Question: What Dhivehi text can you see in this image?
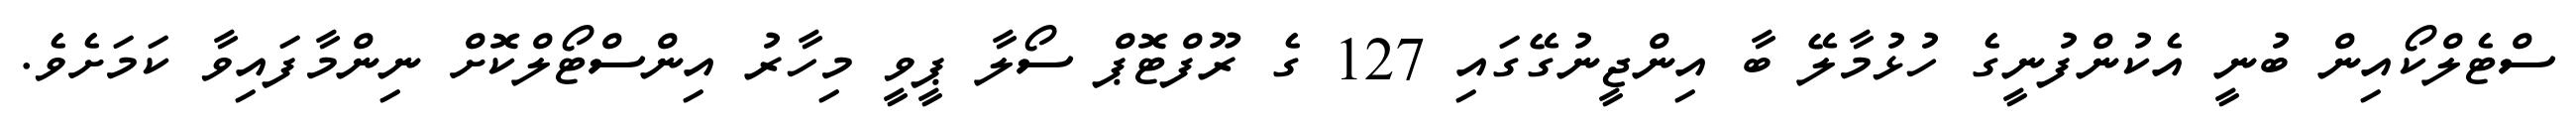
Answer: ސްޓެލްކޯއިން ބުނީ އެކުންފުނީގެ ހުޅުމާލޭ ބާ އިންޖީނުގޭގައި 127 ގެ ރޫފްޓޮޕް ސޯލާ ޕީވީ މިހާރު އިންސްޓޯލްކޮށް ނިންމާފައިވާ ކަމަށެވެ.